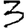
Digit: 3